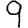
Digit: 9